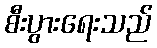
စီးပွားရေးသည်